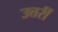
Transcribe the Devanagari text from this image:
उत्तरीं